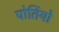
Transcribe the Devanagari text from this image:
पोर्तियो